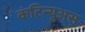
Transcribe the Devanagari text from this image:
कंटिन्युअस